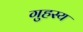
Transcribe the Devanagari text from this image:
गुहस्य